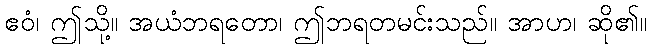
ဧဝံ၊ ဤသို့။ အယံဘရတော၊ ဤဘရတမင်းသည်။ အာဟ၊ ဆို၏။